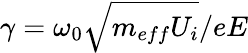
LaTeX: \gamma=\omega_{0}\sqrt{m_{eff}U_{i}}/eE